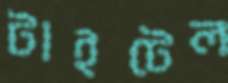
টাইটেল